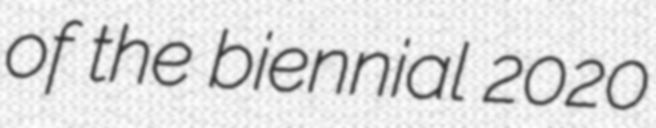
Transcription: of the biennial 2020